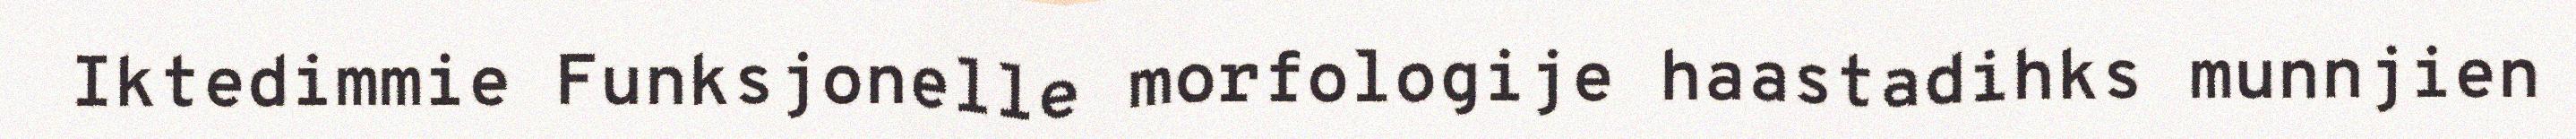
Iktedimmie Funksjonelle morfologije haastadihks munnjien